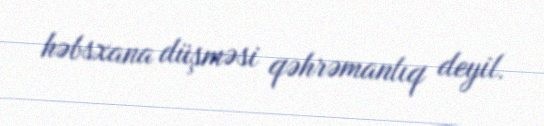
həbsxana düşməsi qəhrəmanlıq deyil.